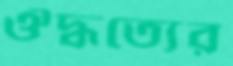
ঔদ্ধত্যের